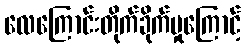
လေကြောင်းတိုက်ခိုက်မှုကြောင့်